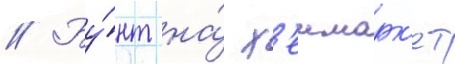
// Бу́нт на́ х'еимарк'ет